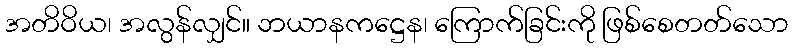
အတိဝိယ၊ အလွန်လျှင်။ ဘယာနကဋ္ဌေန၊ ကြောက်ခြင်းကို ဖြစ်စေတတ်သော